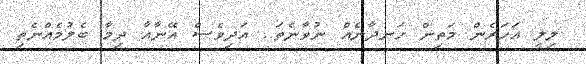
ލިލީ އަހަރެން މަތިން ހަނދާނެއް ނުވާނެތަ.. އަދިވެސް އޭނާއާ ދިމާ ބެލުމެއްނެތި